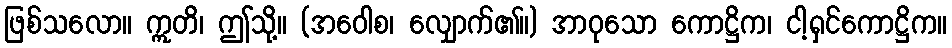
ဖြစ်သလော။ ဣတိ၊ ဤသို့။ (အဝေါစ၊ လျှောက်၏။) အာဝုသော ကောဋ္ဌိက၊ ငါ့ရှင်ကောဋ္ဌိက။